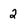
Character: 2